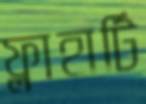
ফ্লাহার্টি